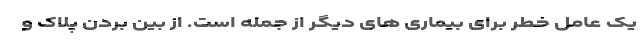
یک عامل خطر برای بیماری های دیگر از جمله است. از بین بردن پلاک و